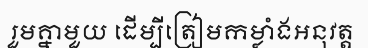
រួមគ្នាមួយ ដើម្បីត្រៀមកម្លាំងអនុវត្ត